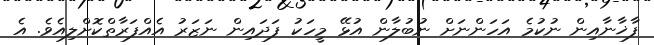
ފާޚާނާއިން ނުކުމެ އަހަންނަށް ނުބުލާން އުޅޭ މީހަކު ފަދައިން ނަޒަރު އެއްފަރާތްކޮށްލިއެވެ. އެ